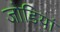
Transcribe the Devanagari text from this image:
जोडियां